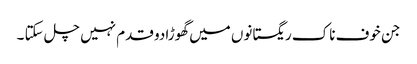
جن خوف ناک ریگستانوں میں گھوڑا دو قدم نہیں چل سکتا ۔